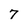
Character: 7